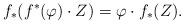
LaTeX: \begin{align*} f_*(f^*(\varphi) \cdot Z) = \varphi \cdot f_*(Z).\end{align*}